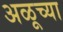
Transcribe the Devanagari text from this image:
अळूच्या